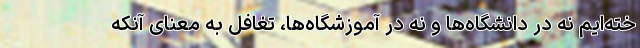
خته‌ایم نه در دانشگاه‌ها و نه در آموزشگاه‌ها، تغافل به معنای آنکه